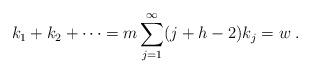
LaTeX: \begin{align*} k_1+k_2+\cdots = m \sum_{j=1}^{\infty} (j+h-2) k_j = w\;. \end{align*}